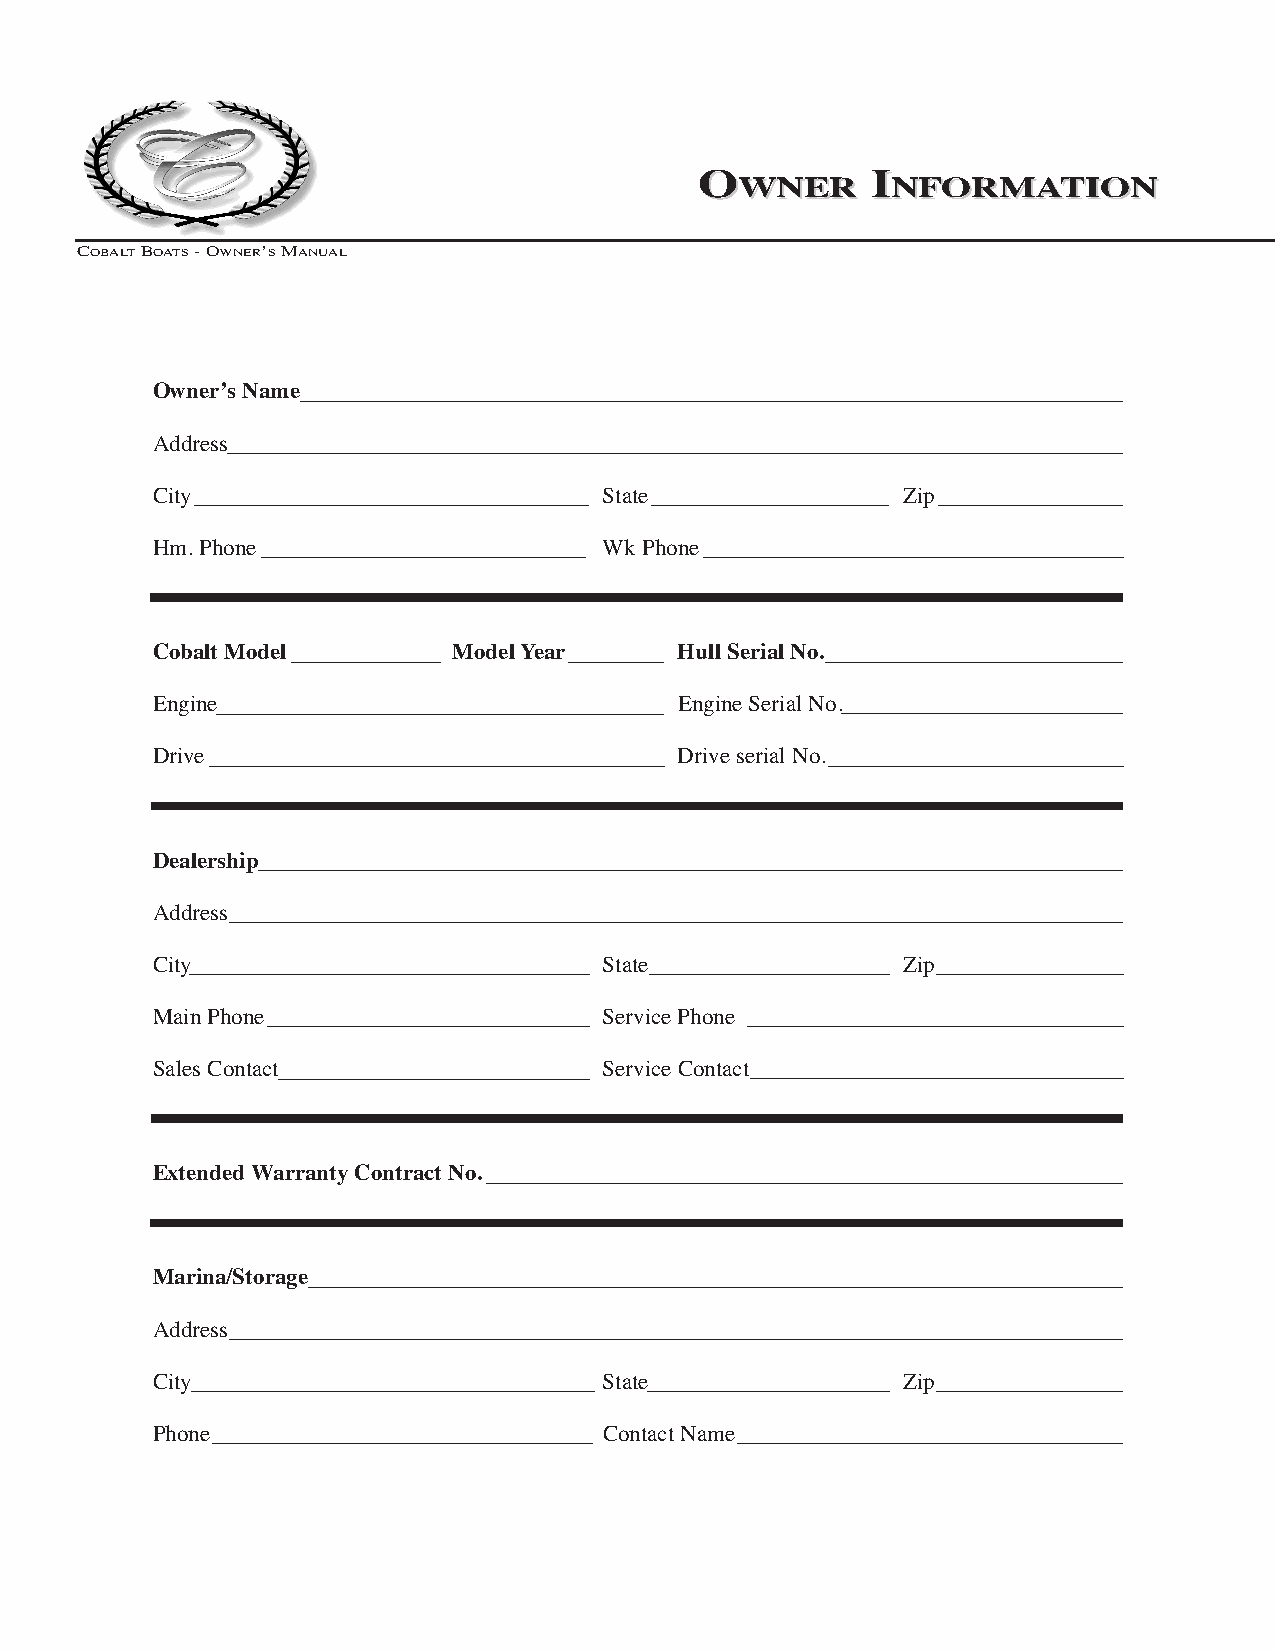
2005 OM Cover.qxd 3/18/05 9:14 AM Page xi
 OOWWNNEERR IINNFFOORRMMAATTIIOONN
 COBALTBOATS- OWNER’SMANUAL
 Owner’s Name
 Address
 City                         State               Zip
 Hm. Phone                    Wk Phone
 Cobalt Model       Model Year     Hull Serial No.
 Engine                            Engine Serial No.
 Drive                             Drive serial No.
 Dealership
 Address
 City                         State               Zip
 Main Phone                   Service Phone
 Sales Contact                Service Contact
 Extended Warranty Contract No.
 Marina/Storage
 Address
 City                         State               Zip
 Phone                        Contact Name